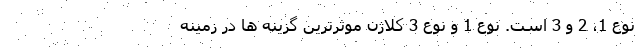
نوع 1، 2 و 3 است. نوع 1 و نوع 3 کلاژن موثرترین گزینه ها در زمینه